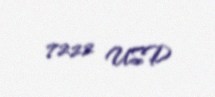
7222 USD